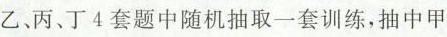
乙、丙丁4套题中随机抽取一套训练，抽中甲